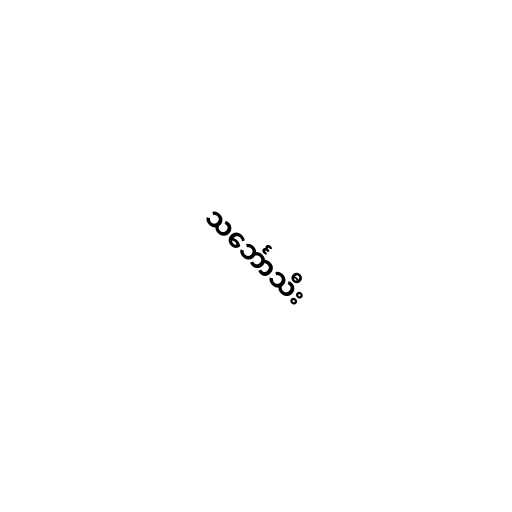
သင်္ဘောသီး